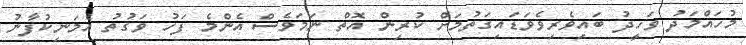
މުހައްމަދު ވަހީދު ބައިވެރިވެވަޑައިގަތުމަށް ކުރިން އޮތް ނަމަވެސް އެންމެ ފަހު ވަގުތު އެމަނިކުފާނު